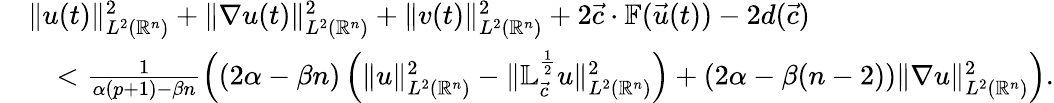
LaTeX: \begin{array}{rl}&{\| u(t)\| _{L^{2}({\mathbb{R}^{n}})}^{2}+\| \nabla u(t)\| _{L^{2}({\mathbb{R}^{n}})}^{2}+\| v(t)\| _{L^{2}({\mathbb{R}^{n}})}^{2}+2{\vec{c}}\cdot\mathbb{F}(\vec{u}(t))-2d({\vec{c}})}\\ &{\quad<\frac{1}{\alpha(p+1)-\beta n}\left((2\alpha-\beta n)\left(\| u\| _{{L^{2}({\mathbb{R}^{n}})}}^{2}-\| \mathbb{L}_{\vec{c}}^{\frac 12}u\| _{L^{2}({\mathbb{R}^{n}})}^{2}\right)+(2\alpha-\beta(n-2))\| \nabla u\| _{L^{2}({\mathbb{R}^{n}})}^{2}\right).}\end{array}